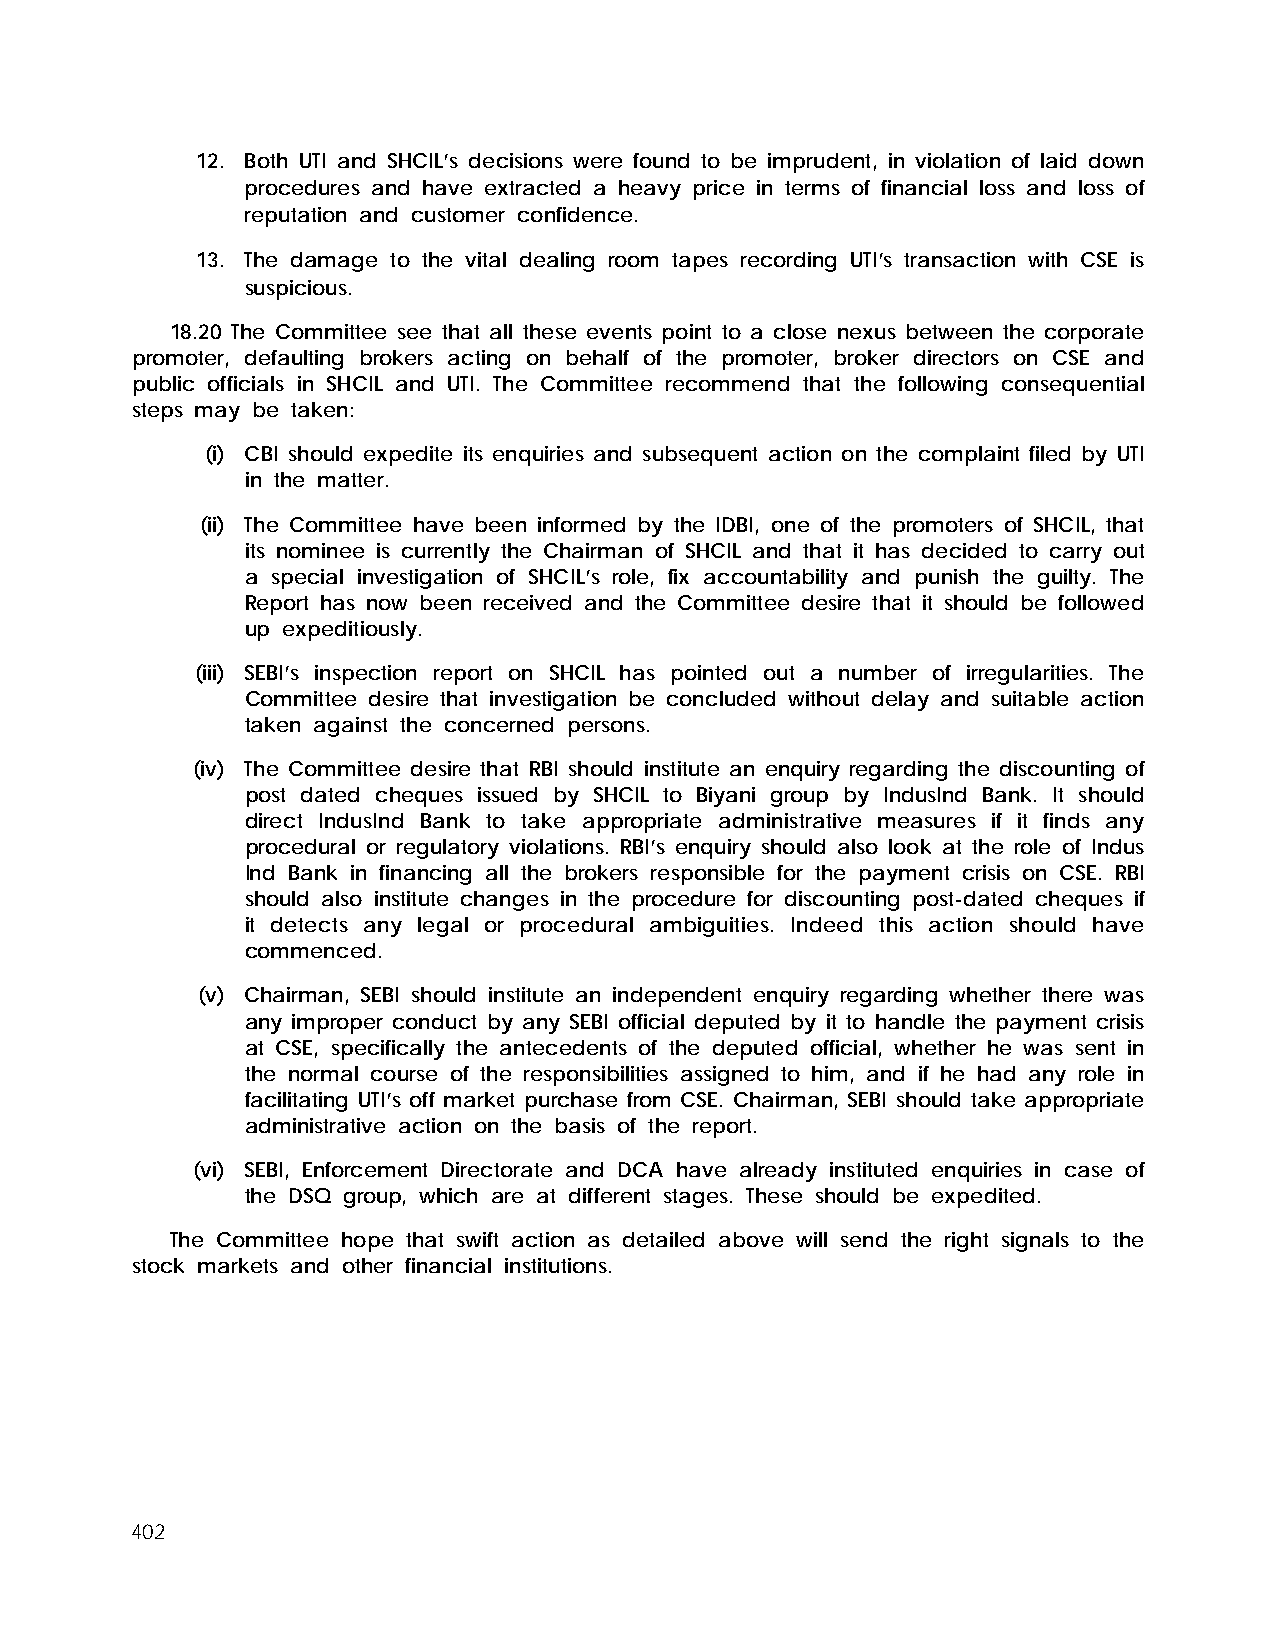
12. Both UTI and SHCIL’s decisions were found to be imprudent, in violation of laid down
 procedures and have extracted a heavy price in terms of financial loss and loss of
 reputation and customer confidence.
 13. The damage to the vital dealing room tapes recording UTI’s transaction with CSE is
 suspicious.
 18.20 The Committee see that all these events point to a close nexus between the corporate
 promoter, defaulting brokers acting on behalf of the promoter, broker directors on CSE and
 public officials in SHCIL and UTI. The Committee recommend that the following consequential
 steps may be taken:
 (i) CBI should expedite its enquiries and subsequent action on the complaint filed by UTI
 in the matter.
 (ii) The Committee have been informed by the IDBI, one of the promoters of SHCIL, that
 its nominee is currently the Chairman of SHCIL and that it has decided to carry out
 a special investigation of SHCIL’s role, fix accountability and punish the guilty. The
 Report has now been received and the Committee desire that it should be followed
 up expeditiously.
 (iii) SEBI’s inspection report on SHCIL has pointed out a number of irregularities. The
 Committee desire that investigation be concluded without delay and suitable action
 taken against the concerned persons.
 (iv) The Committee desire that RBI should institute an enquiry regarding the discounting of
 post dated cheques issued by SHCIL to Biyani group by IndusInd Bank. It should
 direct IndusInd Bank to take appropriate administrative measures if it finds any
 procedural or regulatory violations. RBI’s enquiry should also look at the role of Indus
 Ind Bank in financing all the brokers responsible for the payment crisis on CSE. RBI
 should also institute changes in the procedure for discounting post-dated cheques if
 it detects any legal or procedural ambiguities. Indeed this action should have
 commenced.
 (v) Chairman, SEBI should institute an independent enquiry regarding whether there was
 any improper conduct by any SEBI official deputed by it to handle the payment crisis
 at CSE, specifically the antecedents of the deputed official, whether he was sent in
 the normal course of the responsibilities assigned to him, and if he had any role in
 facilitating UTI’s off market purchase from CSE. Chairman, SEBI should take appropriate
 administrative action on the basis of the report.
 (vi) SEBI, Enforcement Directorate and DCA have already instituted enquiries in case of
 the DSQ group, which are at different stages. These should be expedited.
 The Committee hope that swift action as detailed above will send the right signals to the
 stock markets and other financial institutions.
 402